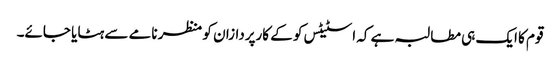
قوم کا ایک ہی مطالبہ ہے کہ اسٹیٹس کو کے کارپردازان کو منظر نامے سے ہٹایا جائے۔